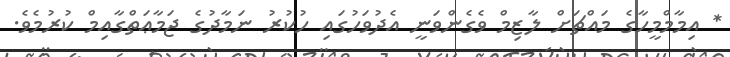
* އިމާމްމީހާގެ މައްޗަށް ލާޒިމް ވެގެންވަނީ އެދުވަހުގައި ހުކުރު ނަމާދުގެ ޖަމާޢަތްގާއިމް ކުރުމެވެ.